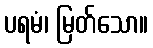
ပရမံ၊ မြတ်သော။